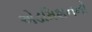
એડમિશનનો